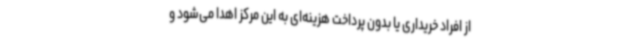
از افراد خریداری یا بدون پرداخت هزینه‌ای به این مرکز اهدا می‌شود و